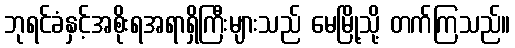
ဘုရင်ခံနှင့်အစိုးရအရာရှိကြီးများသည် မေမြို့သို့ တက်ကြသည်။